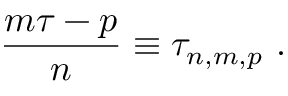
\frac { m \tau - p } { n } \equiv \tau _ { n , m , p } \, \, .